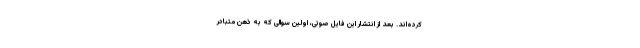
کرده‌اند. بعد از انتشار این فایل صوتی، اولین سوالی که به ذهن متبادر